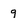
Character: 9